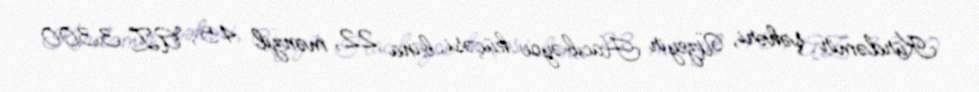
Kürdəmir şəhəri, Üzeyir Hacıbəyov küçəsi, bina 22, mənzil 45, AZ 3300